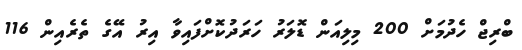
ބްރިޖް ހެދުމަށް 200 މިލިއަން ޑޮލަރު ހަރަދުކޮށްފައިވާ އިރު އޭގެ ތެރެއިން 116